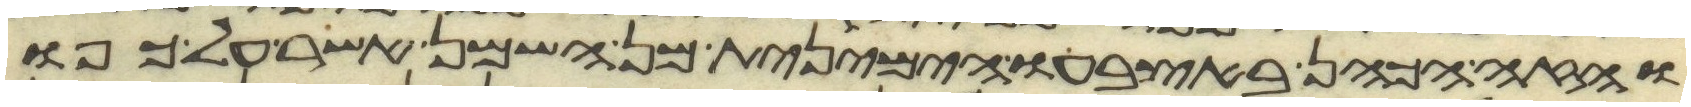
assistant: והזה הכהן באצבעו הימנית מן השמן אשר על כפו